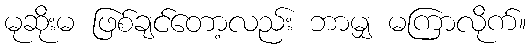
မုဆိုးမ ဖြစ်ချင်တော့လည်း ဘာမျှ မကြာလိုက်။